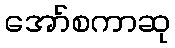
အော်စကာဆု